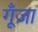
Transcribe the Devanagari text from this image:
गूँजा